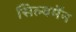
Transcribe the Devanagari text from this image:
सिल्वर्मेंन